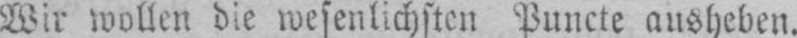
Wir wollen die wesenlichsten Puncte ausheben.